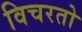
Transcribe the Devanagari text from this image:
विचरतो